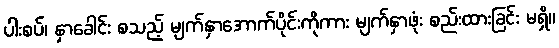
ပါးစပ်၊ နှာခေါင်း စသည့် မျက်နှာအောက်ပိုင်းကိုကား မျက်နှာဖုံး စည်းထားခြင်း မရှိ။